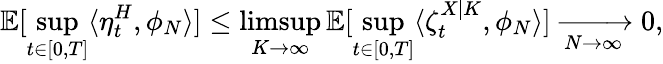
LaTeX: \mathbb{E}[\operatorname*{sup}_{t\in[0,T]}\langle\eta_{t}^{H},\phi_{N}\rangle]\leq\operatorname*{limsup}_{K\to\infty}\mathbb{E}[\operatorname*{sup}_{t\in[0,T]}\langle\zeta_{t}^{X|K},\phi_{N}\rangle]\xrightarrow[N\to\infty]{}0,